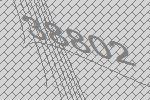
38802